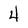
Character: 4